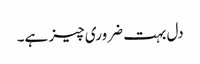
دل بہت ضروری چیز ہے۔